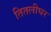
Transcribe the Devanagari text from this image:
तितलीघर